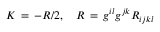
K \, = \, - R / 2 , \quad R \, = \, g ^ { i l } g ^ { j k } R _ { i j k l }